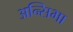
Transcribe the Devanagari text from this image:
अन्सिभा